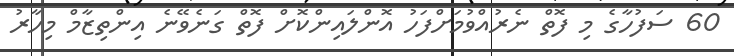
60 ސަފުހާގެ މި ފޮތް ނެރުއްވުމަށްފަހު އޮންލައިންކޮށް ފޮތް ގަނެވޭނެ އިންތިޒާމް މިހާރު